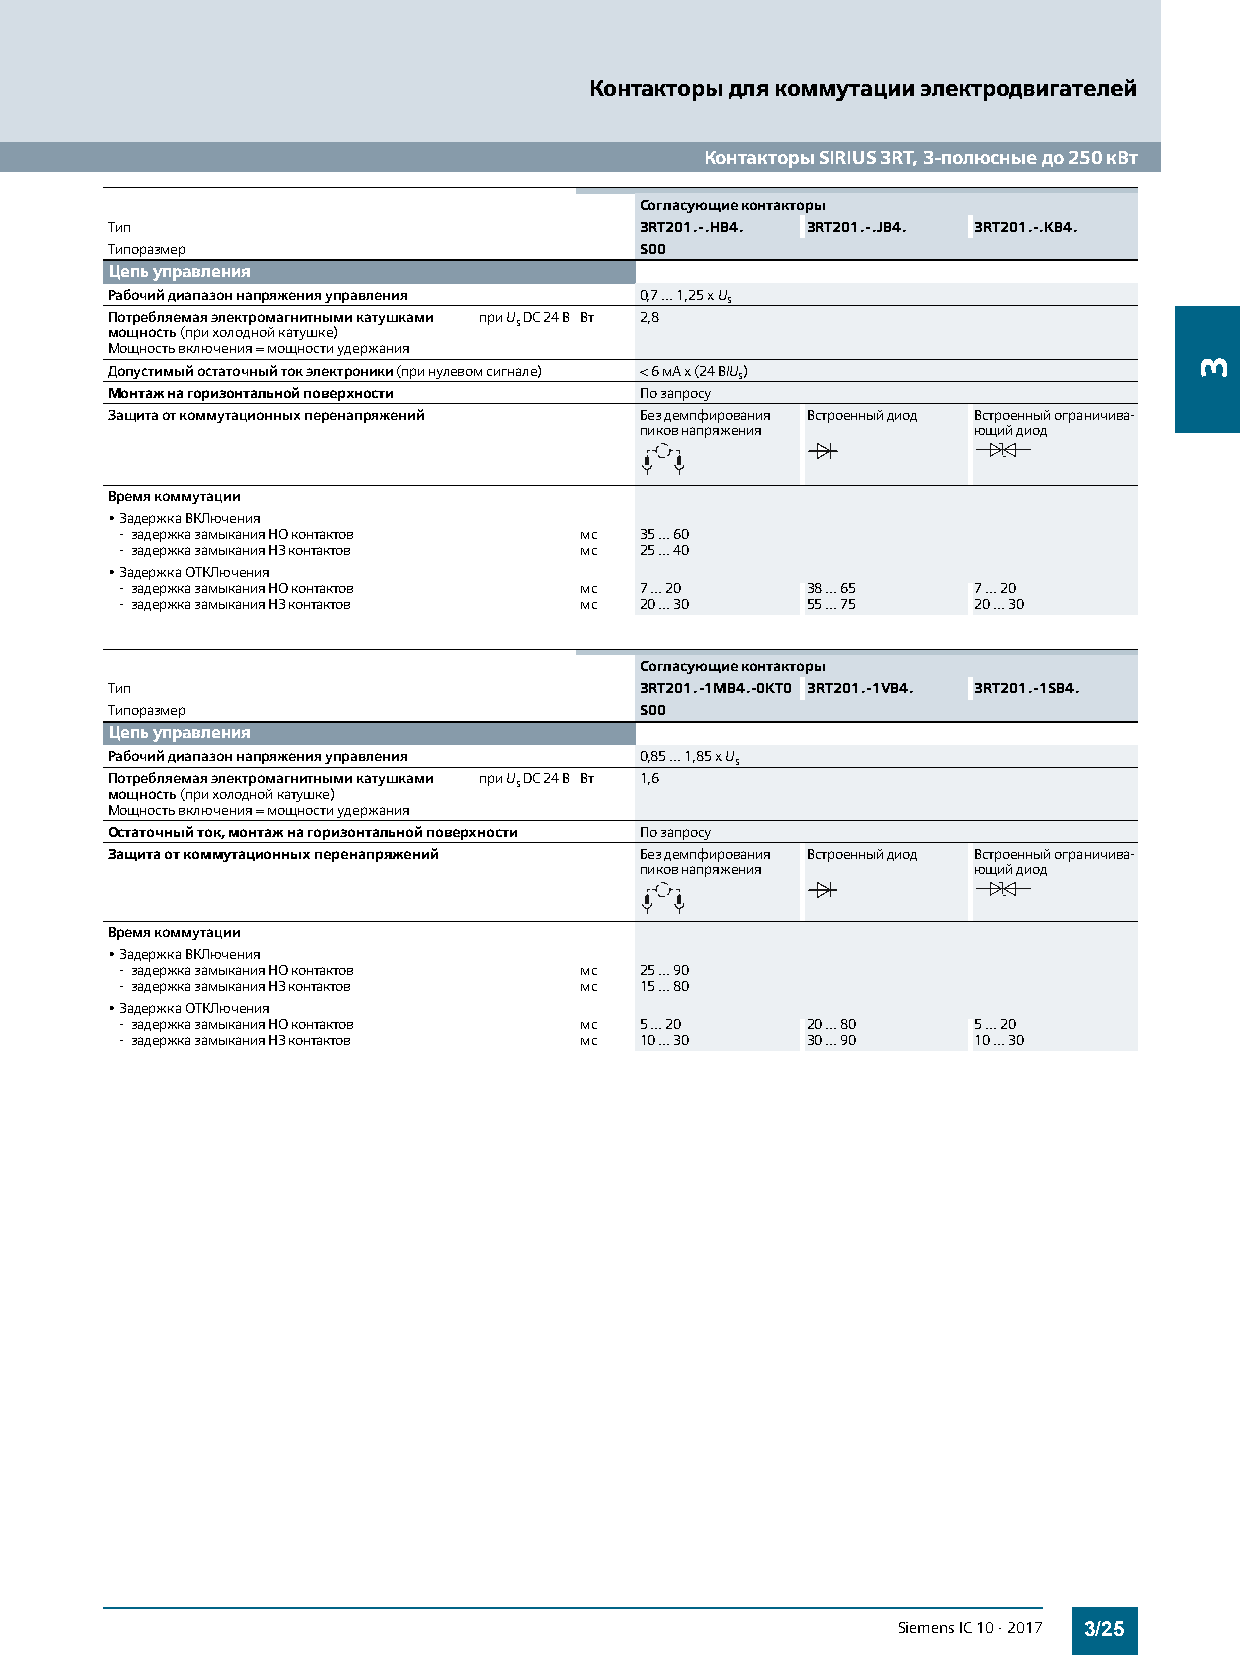
Контакторы для коммутации электродвигателей
 Контакторы SIRIUS 3RT, 3-полюсные до 250 кВт
 Согласующие контакторы
 Тип                                3RT201.-.HB4. 3RT201.-.JB4. 3RT201.-.KB4.
 Типоразмер                         S00
 Цепь управления
 Рабочий диапазон напряжения управления 0,7 ... 1,25 x Us
 Потребляемая электромагнитными катушками при Us DC24В Вт 2,8
 мощность (при холодной катушке)
 Мощность включения = мощности удержания
 Допустимый остаточный ток электроники (при нулевом сигнале) < 6 мА x (24 В/Us)
 Монтаж на горизонтальной поверхности По запросу
 Защита от коммутационных перенапряжений Без демпфирования Встроенный диод Встроенный ограничива-
 пиков напряжения      ющий диод
 Время коммутации
 •Задержка ВКЛючения
 - задержка замыкания НО контактов мс 35 ... 60
 - задержка замыкания НЗ контактов мс 25 ... 40
 •Задержка ОТКЛючения
 - задержка замыкания НО контактов мс 7 ... 20 38 ... 65 7 ... 20
 - задержка замыкания НЗ контактов мс 20 ... 30 55 ... 75 20 ... 30
 Согласующие контакторы
 Тип                                3RT201.-1MB4.-0KT0 3RT201.-1VB4. 3RT201.-1SB4.
 Типоразмер                         S00
 Цепь управления
 Рабочий диапазон напряжения управления 0,85 ... 1,85 x Us
 Потребляемая электромагнитными катушками при Us DC24В Вт 1,6
 мощность (при холодной катушке)
 Мощность включения = мощности удержания
 Остаточный ток, монтаж на горизонтальной поверхности По запросу
 Защита от коммутационных перенапряжений Без демпфирования Встроенный диод Встроенный ограничива-
 пиков напряжения      ющий диод
 Время коммутации
 •Задержка ВКЛючения
 - задержка замыкания НО контактов мс 25 ... 90
 - задержка замыкания НЗ контактов мс 15 ... 80
 •Задержка ОТКЛючения
 - задержка замыкания НО контактов мс 5 ... 20 20 ... 80 5 ... 20
 - задержка замыкания НЗ контактов мс 10 ... 30 30 ... 90 10 ... 30
 Siemens IC 10 · 2017 3/25
 3